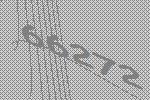
66272